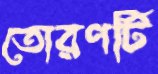
তোরণটি